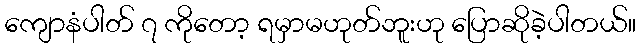
ကျောနံပါတ် ၇ ကိုတော့ ရမှာမဟုတ်ဘူးဟု ပြောဆိုခဲ့ပါတယ်။